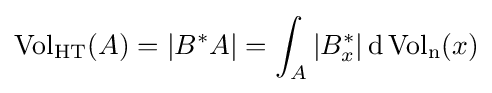
\operatorname {Vol} _{\textrm {HT}}(A)=|B^{*}A|=\int _{A}|B_{x}^{*}|\,\mathrm {d} \operatorname {Vol_{n}} (x)